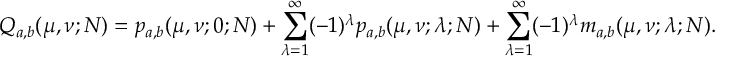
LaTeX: Q _ { a , b } ( \mu , \nu ; N ) = p _ { a , b } ( \mu , \nu ; 0 ; N ) + \sum _ { \lambda = 1 } ^ { \infty } ( - 1 ) ^ { \lambda } p _ { a , b } ( \mu , \nu ; \lambda ; N ) + \sum _ { \lambda = 1 } ^ { \infty } ( - 1 ) ^ { \lambda } m _ { a , b } ( \mu , \nu ; \lambda ; N ) .